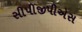
સીપીજીપીએસ